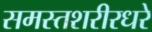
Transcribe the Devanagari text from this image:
समस्तशरीरधरे